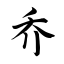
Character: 乔